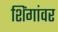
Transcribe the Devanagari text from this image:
शिंगांवर